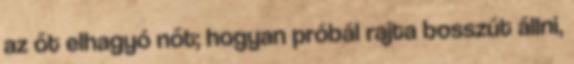
az őt elhagyó nőt; hogyan próbál rajta bosszút állni,